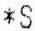
*S